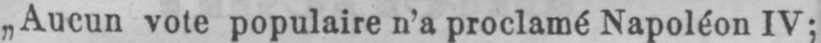
„Aucun vote populaire n’a proclamé Napoléon IV;